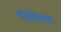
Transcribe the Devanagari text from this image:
बड़लियास